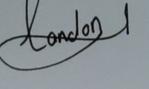
Signature authenticity: genuine